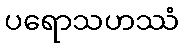
ပရောသဟဿံ